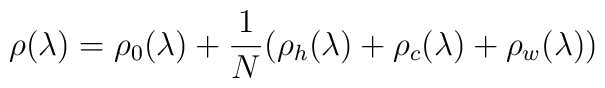
\rho(\lambda) = \rho_0(\lambda) + \frac{1}{N}(\rho_h(\lambda)+\rho_c(\lambda)+\rho_w(\lambda))